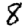
Digit: 8